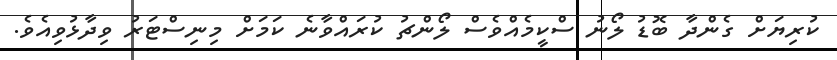
ކުރިޔަށް ގެންދާ ބޮޑު ލޯނު ސްކީމެއްވެސް ލޯންޗު ކުރައްވާނެ ކަމަށް މިނިސްޓަރު ވިދާޅުވިއެވެ.